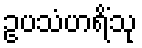
ဥပသံဟရိံသု